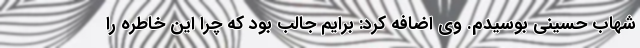
شهاب حسینی بوسیدم. وی اضافه کرد: برایم جالب بود که چرا این خاطره را